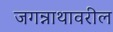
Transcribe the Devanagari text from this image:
जगन्नाथावरील